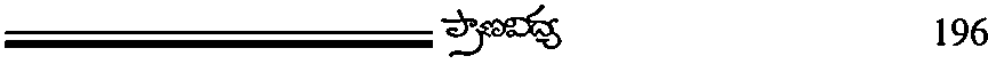
196